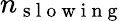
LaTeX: n_{\mathrm{~s~l~o~w~i~n~g~}}